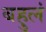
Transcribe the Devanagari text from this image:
बहुलं